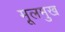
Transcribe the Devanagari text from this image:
मूलमुख